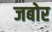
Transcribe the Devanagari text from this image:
जबोर